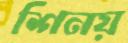
শিনয়